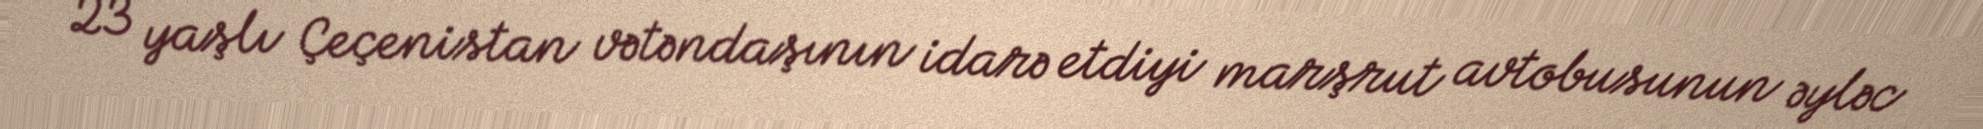
23 yaşlı Çeçenistan vətəndaşının idarə etdiyi marşrut avtobusunun əyləc